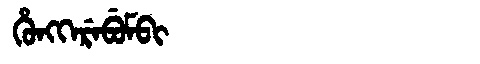
Manchu: ᡥᡠᠩᡴᡝᡵᡝᠪᡠᠮᠪᡳ
Romanization: HUNGKEREBUMBI